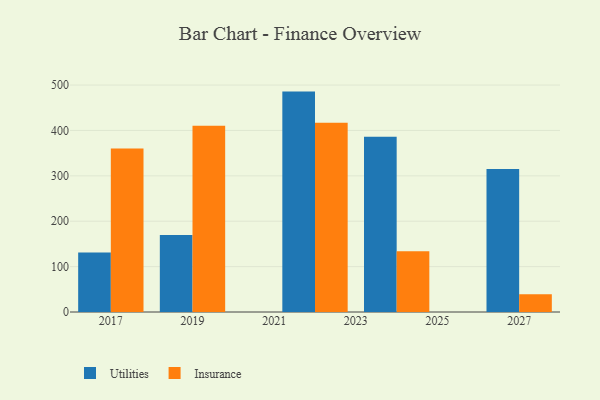
{"axis": {"x": "Year", "y": "Operating Costs (USD K)"}, "legend": ["Insurance", "Utilities"], "data": [{"x": "2027", "y": 315.2, "type": "Utilities"}, {"x": "2027", "y": 39.0, "type": "Insurance"}, {"x": "2022", "y": 485.6, "type": "Utilities"}, {"x": "2022", "y": 416.9, "type": "Insurance"}, {"x": "2017", "y": 131.2, "type": "Utilities"}, {"x": "2017", "y": 360.1, "type": "Insurance"}, {"x": "2019", "y": 169.6, "type": "Utilities"}, {"x": "2019", "y": 410.3, "type": "Insurance"}, {"x": "2024", "y": 386.2, "type": "Utilities"}, {"x": "2024", "y": 134.1, "type": "Insurance"}]}